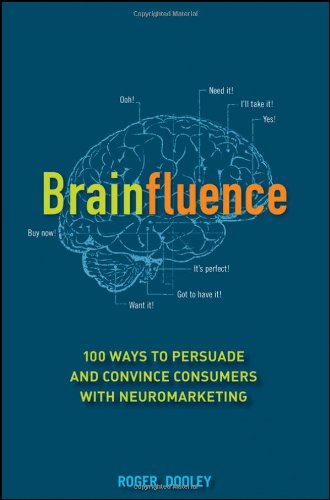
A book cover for Brainfluence: 100 Ways to Persuade and Convince Consumers with Neuromarketing; Roger Dooley; Business & Money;